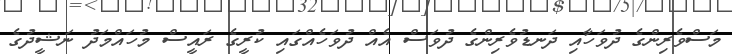
މަސްވެރިންގެ ދުވަހާއި ދަނޑުވެރިންގެ ދުވަސް އެއް ދުވަހެއްގައި ކުރީގެ ރައީސް މުހައްމަދު ނަޝީދުގެ